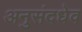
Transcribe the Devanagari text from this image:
अनुसंदधेव